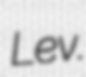
Lev.